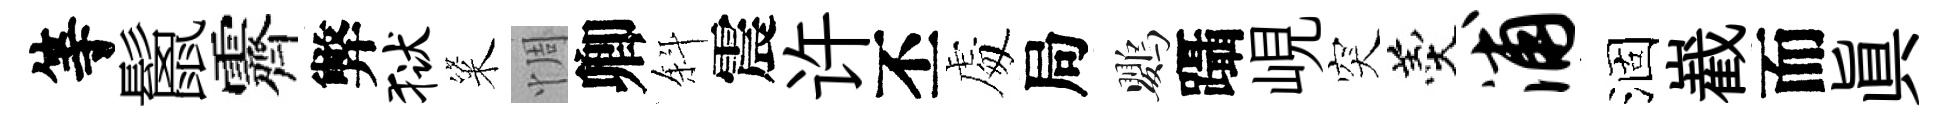
等鬛霽弊狱粢惆卿斜震许丕䖏局鸚躡峴突羹浦涸嶻而眞